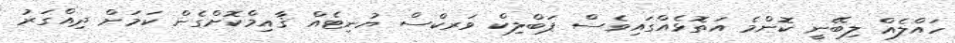
ހައްލެއް ލިބޭނީ ކޮންމެ އަތޮޅެއްގައިވެސް ޕަބްލިކް ވަރކްސް ޔުނިޓެއް ޤާއިމްކޮށްގެން ކަމަށް ދިއްގަރު